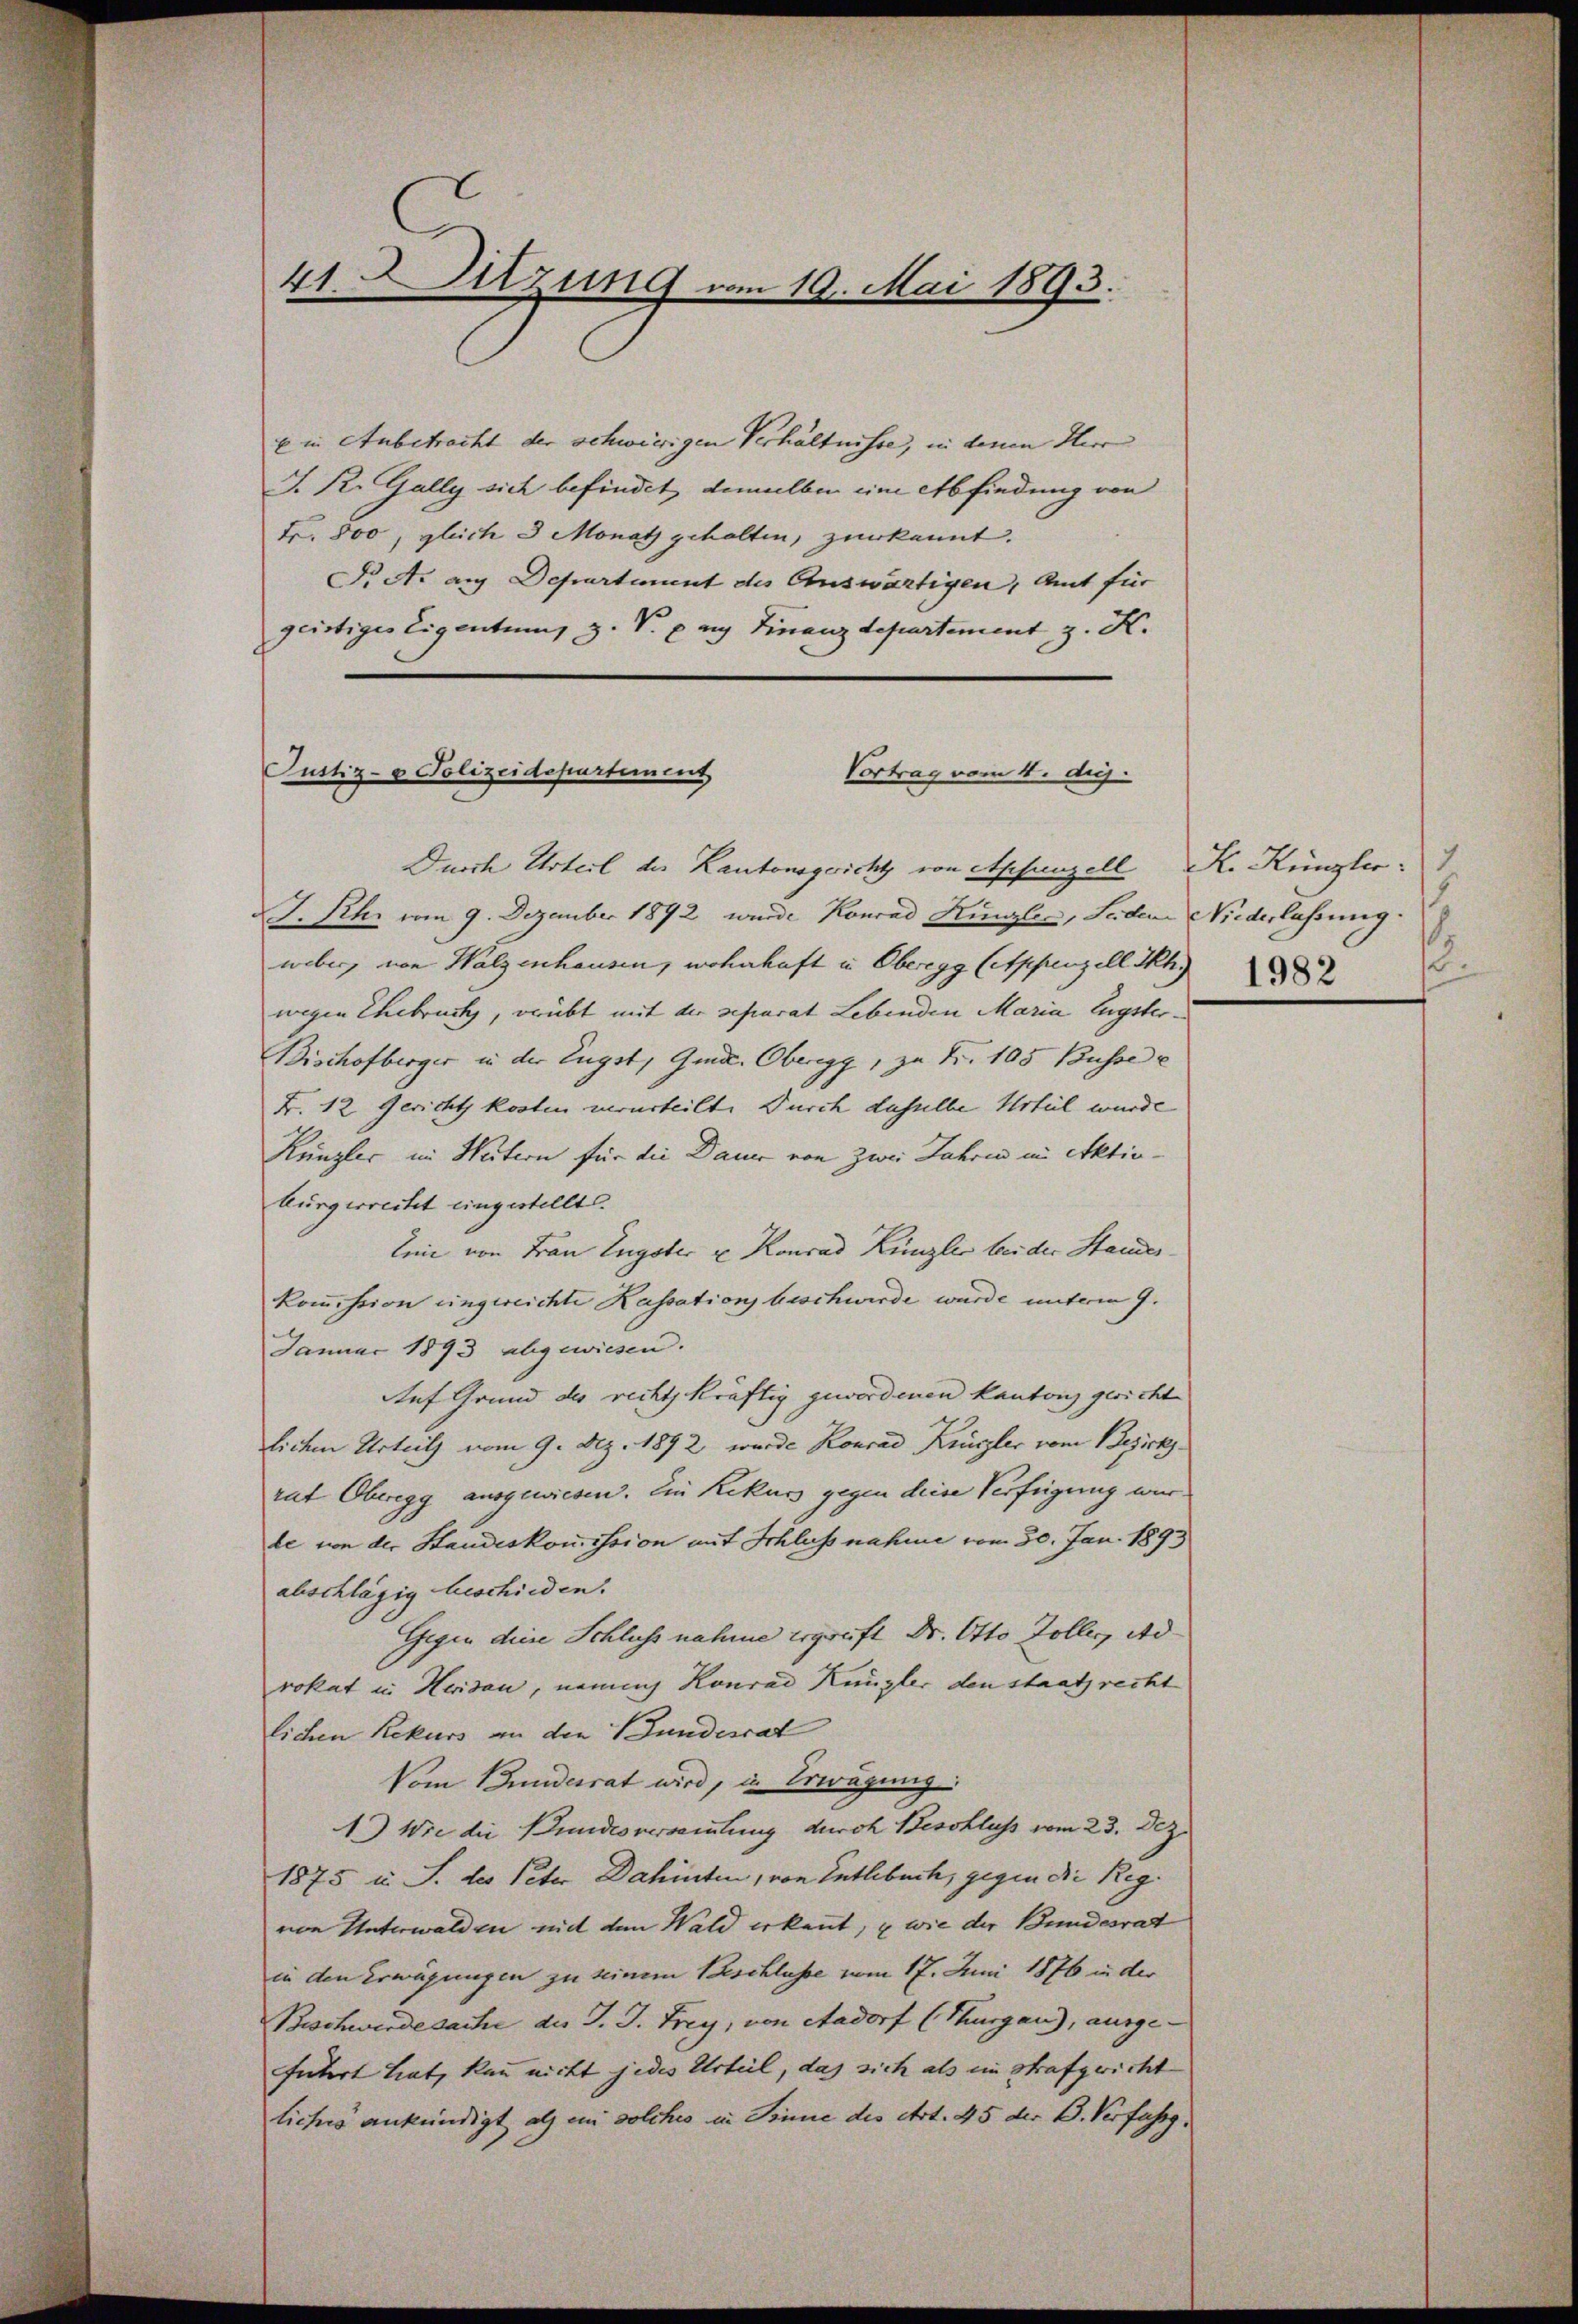
41. Sitzung vom 19.
i 1893.

E in Anbetracht der schwierigen Verhältnisse, in denen Herr
J. R. Gally sich befindet, damalben ein Abfindung von
Fr. 800, gleich 3 Monat gehalten, zur kannt.
Si A. aus Departement des Auswärtigen, Amt für
geistiges Eigentum, z. V. pag. Finanzdepartement z. K.
Durch Urteil der Kantonsgericht von Appenzell
J. Rh. vom 9. Dezember 1892 wurde Konrad Künzler, Seiden Niederlassung.
weber, von Walzenhausen, wohnhaft in Oberegg (Appenzell Ih
wegen Ehebruck, drübt mit der separat Lebenden Maria Eugster¬
Bischofberger in der Eugst, Gmde. Oberegg, zu Fr. 105 Busse e
B. 12 Gericht kosten verurteilt. Durch daselbe Urteil wurde
Künzler im Weitern für die Dauer von zwei Jahren im Aktivbürgerrecht eingestellt.
Eine von Frau Eugster u Konrad Künzler bei der Standeskommission eingereichte Kassation beschwerde wurde unterm 9.
Januar 1893 abgewiesen.
Auf Grund des rechtskräftig gewordenen Kanton gericht
lichen Urteils vom 9. Dez. 1892 wurde Konrad Krügler vom Bezirksrut Oberegg ausgewiesen. Ein Rekurs gegen diese Verfügung wurle von der Handeskommission mit Schluß nahme vom 30. Jan. 1893
abschlägig beschieden.
Gegen diese Schluss nahme Ergreift Dr. Otto Zoller, Adrokat in Heridau, nennach Konrad Küngler den staatsrecht
lichen Rekurs an den Bundesrat
Vom Bundesrat wird, in Erwägung
1) Wie die Bundesversammlung durch Beschluss vom 23. Dez.
1875 in S. des Peter Dahinten, von Entlebuch, gegen die Regvon Unterwalden mit den Wald erkennt, u wie der Bundesrat
in den Erwägungen zu seinem Beschlusse vom 17. Juni 1876 in der
Beschwerde sache des J. J. Frey, von Aadorf (Thurgau), ausge-
führt hat, kann nicht jedes Urteil, das sich als ein Strafgericht
liches ankündigt als ein solches in Sinne des Art. 45 der B. Verfahrg.

Justiz- & Polizeidepartement
Vortrag vom 4. duj.

1
K. Küngler.
.